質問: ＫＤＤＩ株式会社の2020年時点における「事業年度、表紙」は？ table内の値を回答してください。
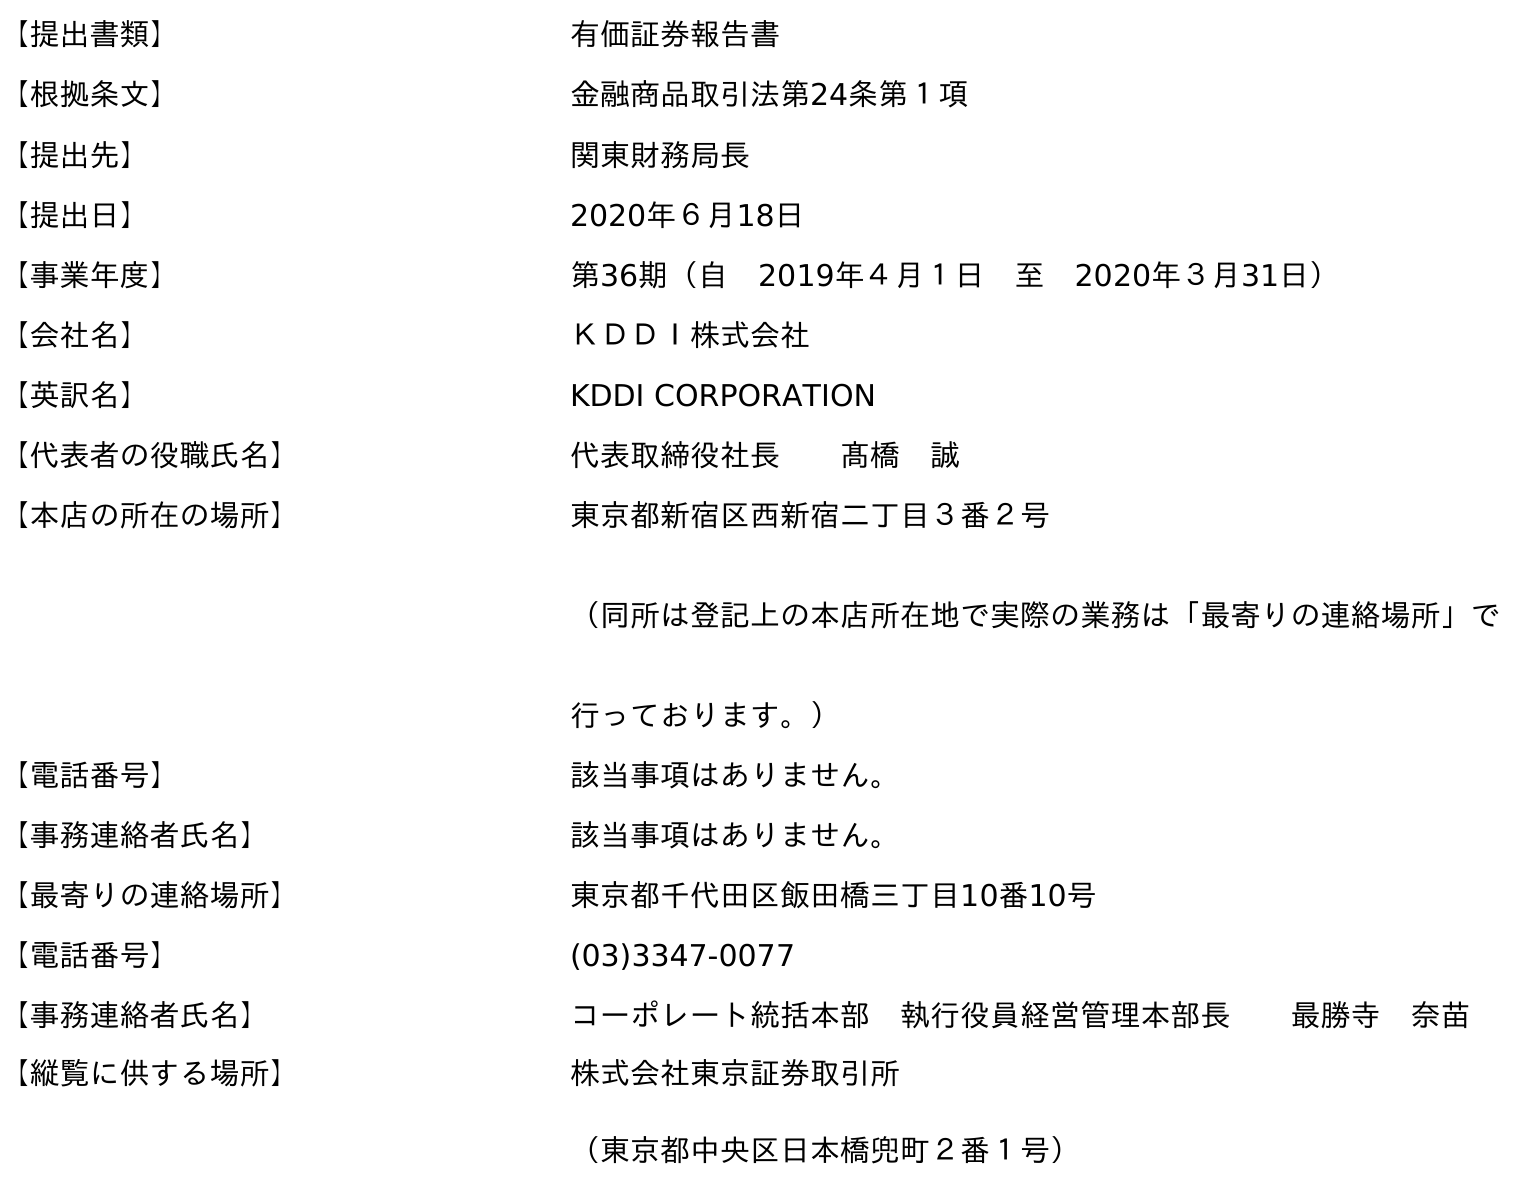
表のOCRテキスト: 【提出書類】 有価証券報告書 【根拠条文】 金融商品取引法第24条第１項 【提出先】 関東財務局長 【提出日】 2020年６月18日 【事業年度】 第36期（自 2019年４月１日 至 2020年３月31日） 【会社名】 ＫＤＤＩ株式会社 【英訳名】 KDDI CORPORATION 【代表者の役職氏名】 代表取締役社長  髙橋 誠 【本店の所在の場所】 東京都新宿区西新宿二丁目３番２号 （同所は登記上の本店所在地で実際の業務は「最寄りの連絡場所」で 行っております。） 【電話番号】 該当事項はありません。 【事務連絡者氏名】 該当事項はありません。 【最寄りの連絡場所】 東京都千代田区飯田橋三丁目10番10号 【電話番号】 (03)3347-0077 【事務連絡者氏名】 コーポレート統括本部 執行役員経営管理本部長  最勝寺 奈苗 【縦覧に供する場所】 株式会社東京証券取引所 （東京都中央区日本橋兜町２番１号）
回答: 第36期（自　2019年４月１日　至　2020年３月31日）